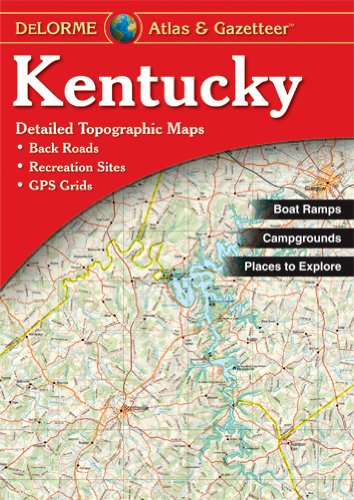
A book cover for Kentucky Atlas & Gazetteer; Delorme; Reference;